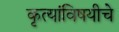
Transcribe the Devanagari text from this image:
कृत्यांविषयीचे